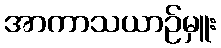
အာကာသယာဉ်မှူး